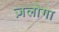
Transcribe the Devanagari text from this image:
ज़लोगा